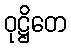
ဝုဋ္ဌိတေ